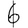
Digit: 6